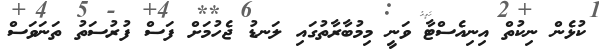
ކުޅެން ނިކުތް އިނިއެސްޓާ ވަނީ މިމުބާރާތުގައި ލަނޑު ޖެހުމަށް ފަސް ފުރުސަތު ތަނަވަސް